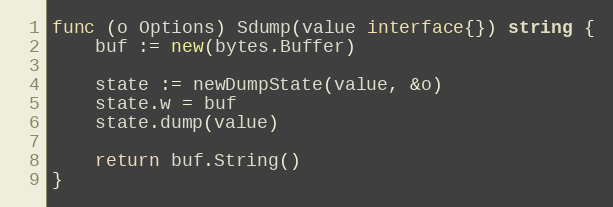
Language: Go
func (o Options) Sdump(value interface{}) string {
	buf := new(bytes.Buffer)

	state := newDumpState(value, &o)
	state.w = buf
	state.dump(value)

	return buf.String()
}